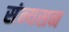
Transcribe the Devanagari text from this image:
संन्यसन